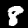
Digit: 8